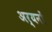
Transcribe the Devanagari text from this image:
अर्यनों